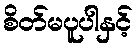
စိတ်မပူပါနှင့်